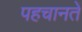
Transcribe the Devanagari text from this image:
पहचानतें